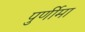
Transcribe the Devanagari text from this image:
पुर्णीमा